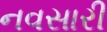
નવસારી